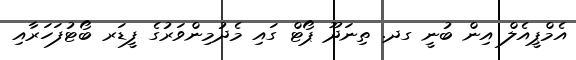
އެމްޕީއެލް އިން ބުނީ ގދ. ތިނަދޫ ޕޯޓް ގައި މެދުމިންވަރުގެ ފީޑަރ ބޯޓުފަހަރާއި